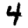
Digit: 4